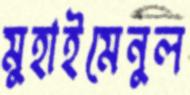
মুহাইমেনুল